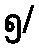
၅/